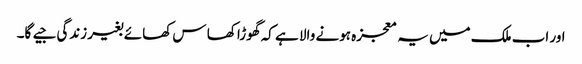
اور اب ملک میں یہ معجزہ ہونے والا ہے کہ گھوڑا کھا س کھائے بغیر زندگی جیے گا۔